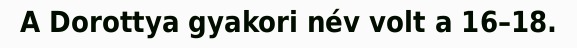
A Dorottya gyakori név volt a 16–18.